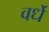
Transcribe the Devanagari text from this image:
वर्धे